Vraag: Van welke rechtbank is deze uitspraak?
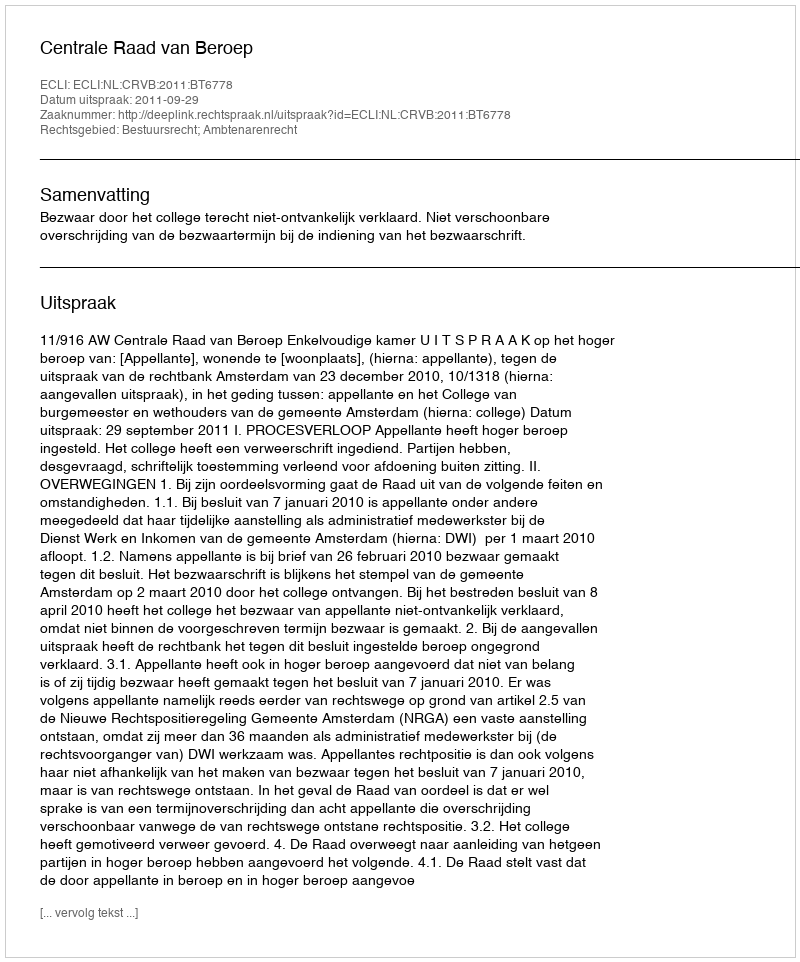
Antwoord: Centrale Raad van Beroep